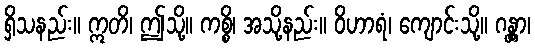
ရှိသနည်း။ ဣတိ၊ ဤသို့။ ကစ္စိ၊ အသို့နည်း။ ဝိဟာရံ၊ ကျောင်းသို့။ ဂန္တွာ၊